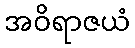
အဝိရာဇယံ